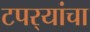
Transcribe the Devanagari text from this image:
टपर्‍यांचा